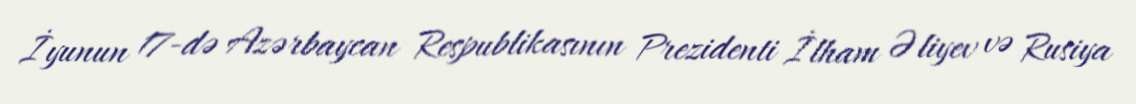
İyunun 17-də Azərbaycan Respublikasının Prezidenti İlham Əliyev və Rusiya